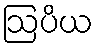
ဩပိယ